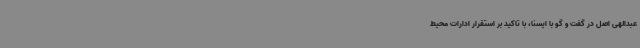
عبدالهی اصل در گفت و گو با ایسنا، با تاکید بر استقرار ادارات محیط